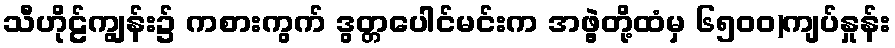
သီဟိုဠ်ကျွန်း၌ ကစားကွက် ဒွတ္တပေါင်မင်းက အဖွဲ့တို့ထံမှ ၆၅၀၀)ကျပ်နှုန်း